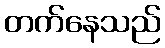
တက်နေသည်